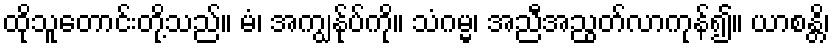
ထိုသူတောင်းတို့သည်။ မံ၊ အကျွန်ုပ်ကို။ သံဂမ္မ၊ အညီအညွတ်လာကုန်၍။ ယာစန္တိ၊